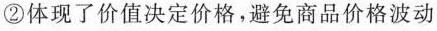
②体现了价值决定价格，避免商品价格波动